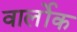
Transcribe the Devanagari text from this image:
वार्लोक